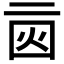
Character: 𠄰